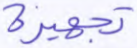
تجهيزة